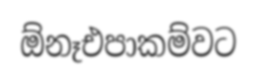
ඕනෑඑපාකම්වට